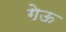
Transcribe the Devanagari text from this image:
गेऊ